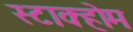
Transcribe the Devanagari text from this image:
स्टाक्होम